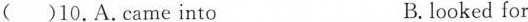
( )10.A.Came into B.looked for